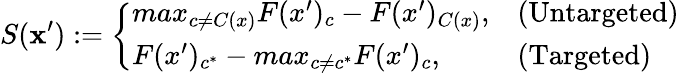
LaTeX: S(\mathbf{x}^{\prime}):={\left\{ \begin{array}{ll}{max_{c\neq C(x)}{F(x^{\prime})_{c}}-F(x^{\prime})_{C(x)},}&{{\mathrm{(Untargeted)}}}\\ {F(x^{\prime})_{c^{*}}-max_{c\neq c^{*}}{F(x^{\prime})_{c}},}&{{\mathrm{(Targeted)}}}\end{array}\right.}